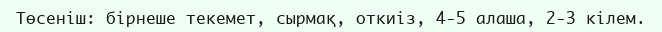
Төсеніш: бірнеше текемет, сырмақ, откиіз, 4-5 алаша, 2-3 кілем.